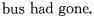
bus had gone.